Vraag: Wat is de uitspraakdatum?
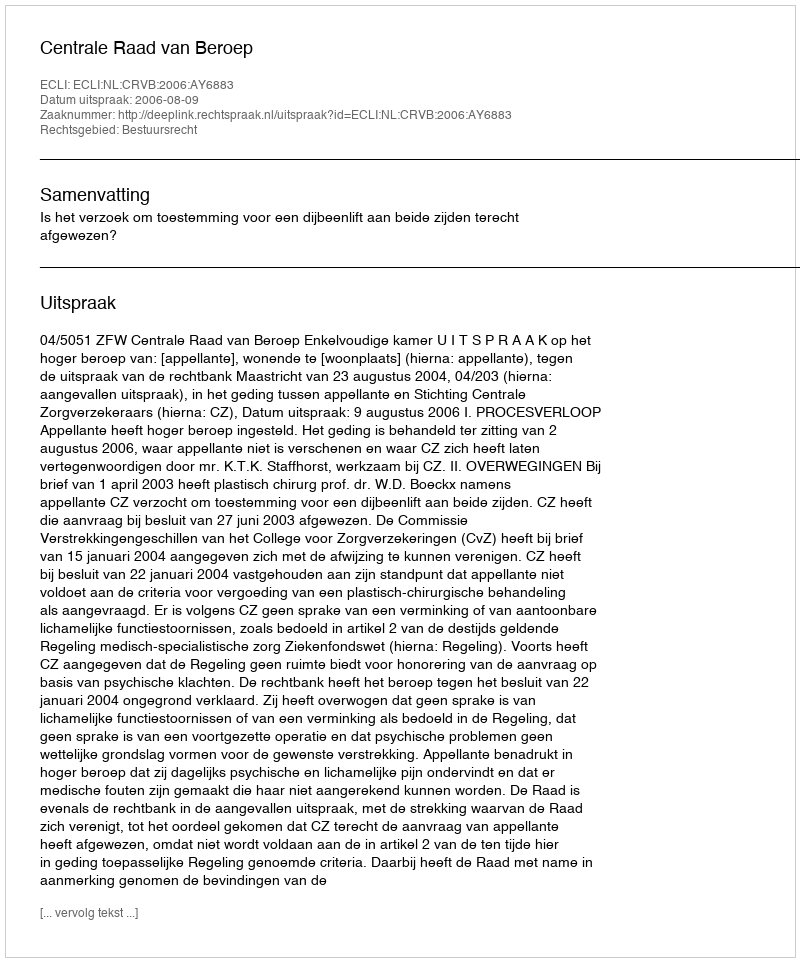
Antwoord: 2006-08-09